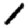
Digit: 1